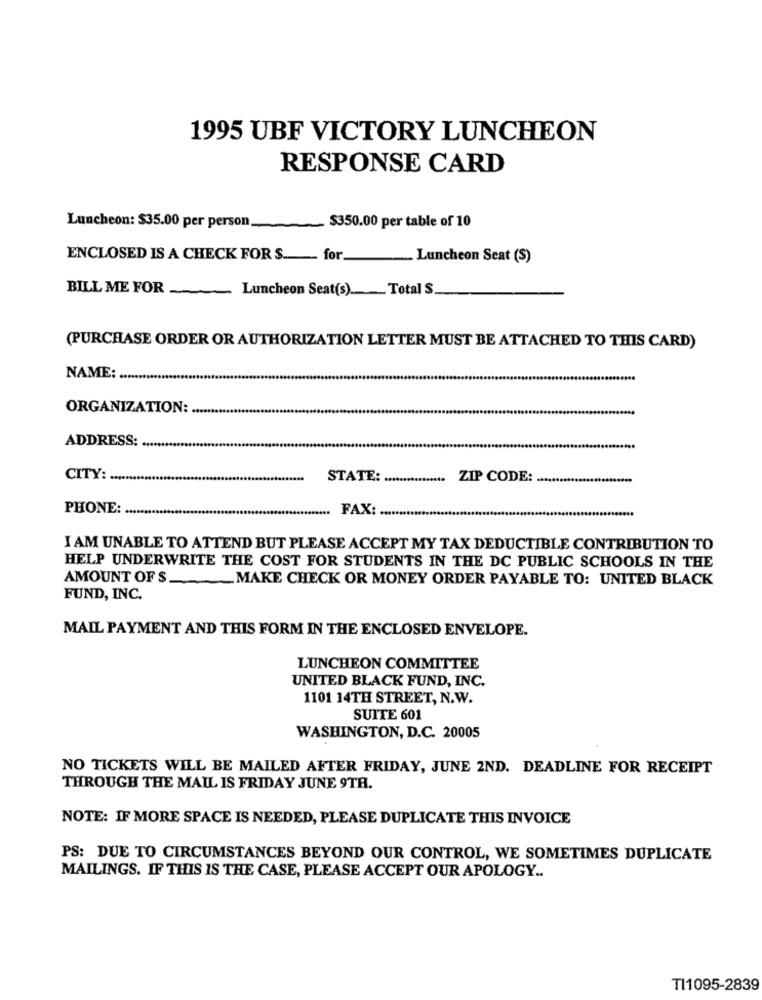
1995 UBF VICTORY LUNCHEON
RESPONSE CARD
Luncheon: $35.00 per person.
$350.00 per table of 10
ENCLOSED IS A CHECK FOR S __ for
Luncheon Seat (S)
BILL ME FOR
Luncheon Seat(s) _____ Total $
(PURCHASE ORDER OR AUTHORIZATION LETTER MUST BE ATTACHED TO THIS CARD)
NAME :.
ORGANIZATION:
ADDRESS:
CITY:
STATE:
ZIP CODE:
PHONE :.
FAX:
I AM UNABLE TO ATTEND BUT PLEASE ACCEPT MY TAX DEDUCTIBLE CONTRIBUTION TO
HELP UNDERWRITE THE COST FOR STUDENTS IN THE DC PUBLIC SCHOOLS IN THE
AMOUNT OF $ __ MAKE CHECK OR MONEY ORDER PAYABLE TO: UNITED BLACK
FUND, INC.
MAIL PAYMENT AND THIS FORM IN THE ENCLOSED ENVELOPE.
LUNCHEON COMMITTEE
UNITED BLACK FUND, INC.
1101 14TH STREET, N.W.
SUITE 601
WASHINGTON, D.C. 20005
NO TICKETS WILL BE MAILED AFTER FRIDAY, JUNE 2ND. DEADLINE FOR RECEIPT
THROUGH THE MAIL IS FRIDAY JUNE 9TH.
NOTE: IF MORE SPACE IS NEEDED, PLEASE DUPLICATE THIS INVOICE
PS: DUE TO CIRCUMSTANCES BEYOND OUR CONTROL, WE SOMETIMES DUPLICATE
MAILINGS. IF THIS IS THE CASE, PLEASE ACCEPT OUR APOLOGY ..
TI1095-2839